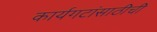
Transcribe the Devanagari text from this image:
कार्यगटांसाठीची